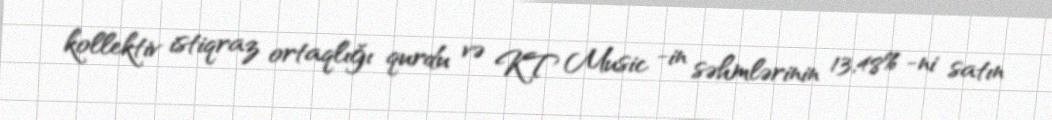
kollektiv istiqraz ortaqlığı qurdu və KT Music -in səhmlərinin 13,48% -ni satın